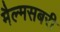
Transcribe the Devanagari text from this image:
मैल्मसबरी